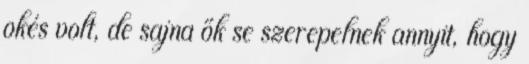
okés volt, de sajna ők se szerepelnek annyit, hogy